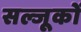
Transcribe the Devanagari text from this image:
सल्जूकों